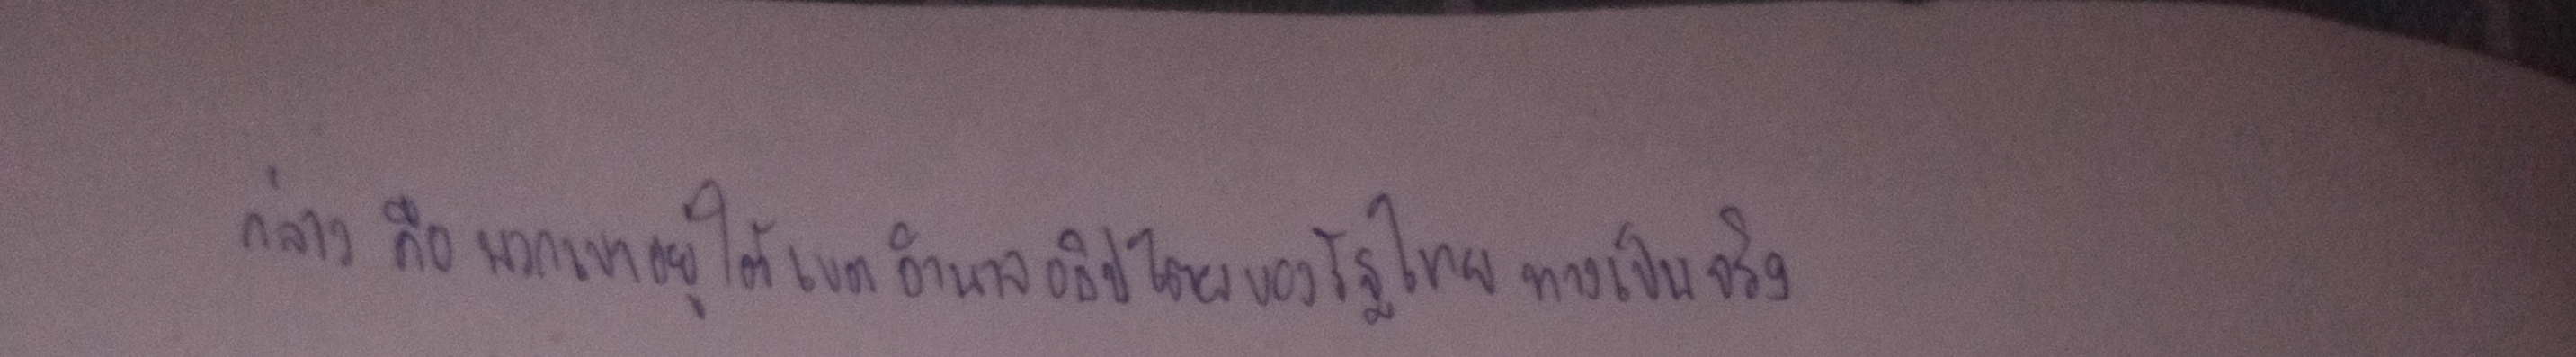
กล่าวคือพวกเขาอยู่ใต้เขตอำนาจอธิปไตยของรัฐไทยในทางเป็นจริง